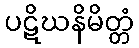
ပဋိဃနိမိတ္တံ